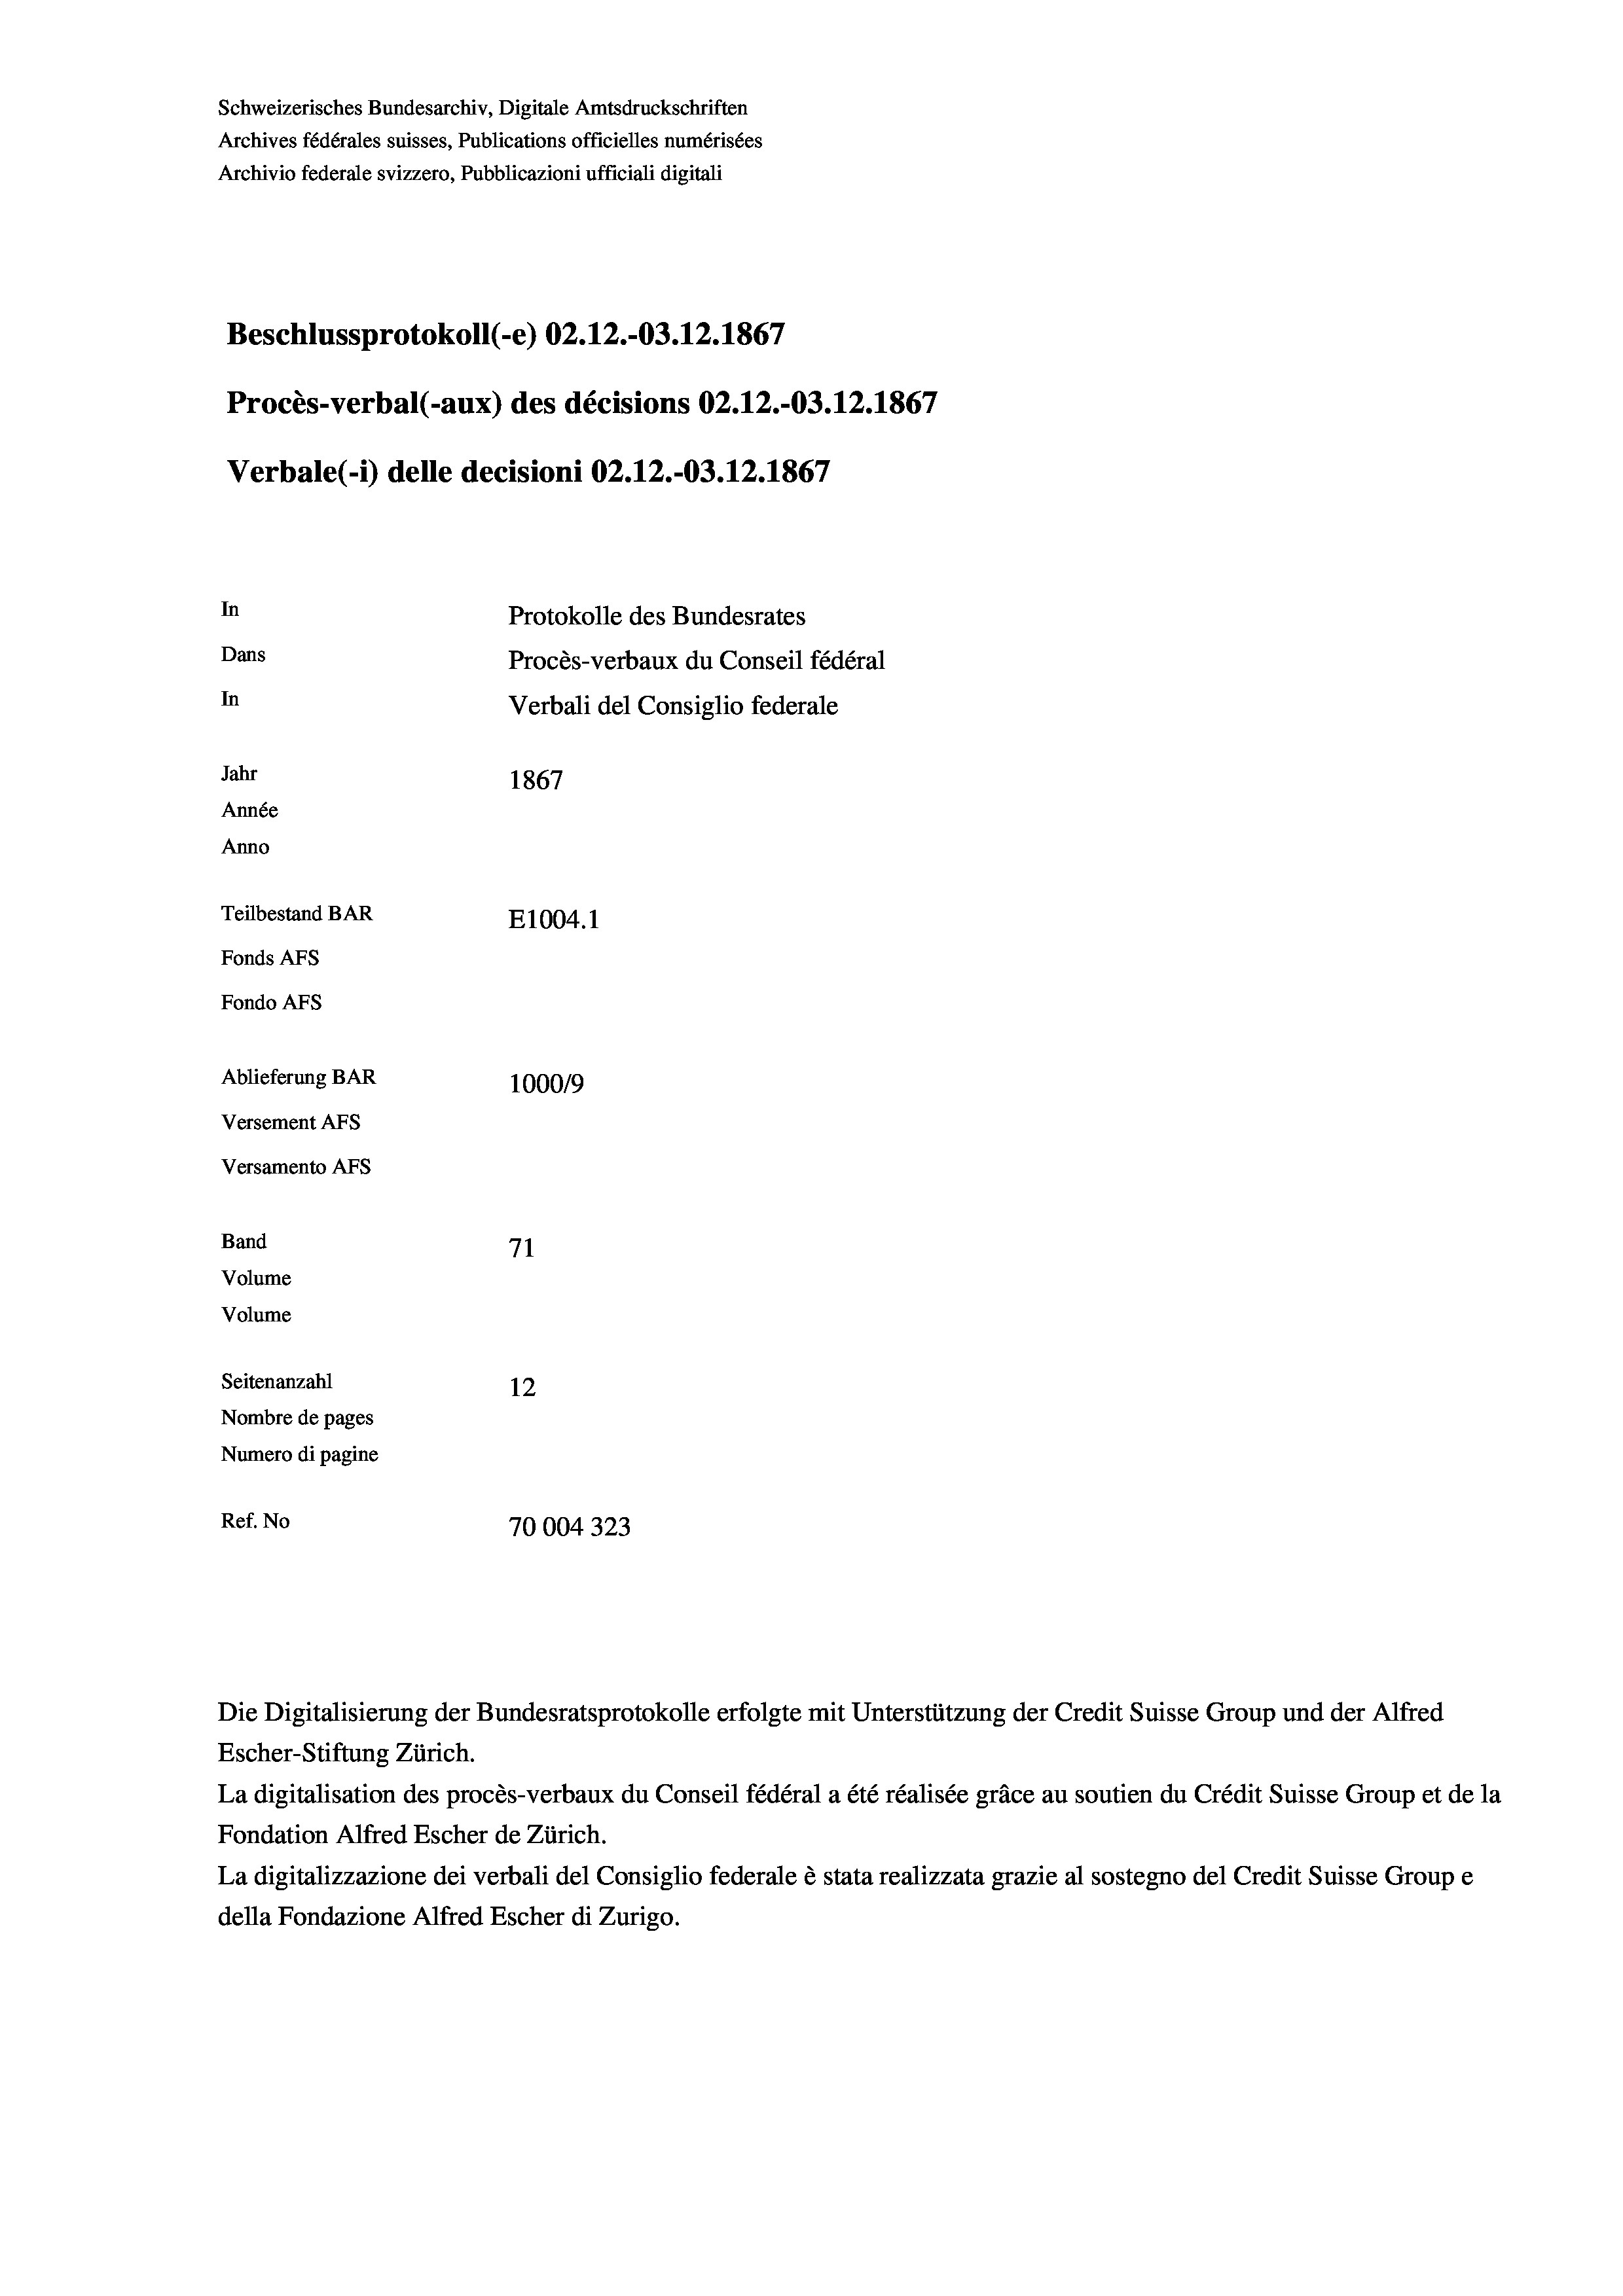
Schweizerisches Bundesarchiv, Digitale Amtsdruckschriften
Archives fédérales suisses, Publications officielles numérisées
Archivio federale svizzero, Pubblicazioni ufficiali digitali
Beschlussprotokoll (-e) 02.12.-03.12.1867
Procès-verbal (-aux) des décisions 02.12.-03.12.1867
Verbale (- 1) delle decisioni 02.12.-03.12.1867
In
Protokolle des Bundesrates
Dans
Procès-verbaux du Conseil fédéral
In
Verbali del Consiglio federale
Jahr
1867
Année
Anno
Teilbestand BAR
E1004.1
Fonds AFs
Fondo AFs

Ablieferung BAR
Versement AFs
Versamento AFs
Band
Volume
Volume
Seitenanzahl

71
12
Nombre de pages
Numero di pagine
Ref. No
70004323

100019

Escher-Stiftung Zürich.
La digitalisation des procès-verbaux du Conseil fédéral a été réalisée gräce au soutien du Crédit Suisse Group et de la
Fondation Alfred Escher de Zürich.
La digitalizzazione dei verbali del Consiglio federale è stata realizzata grazie al sostegno del Credit Suisse Groupe
della Fondazione Alfred Escher di Zurigo.

Die Digitalisierung der Bundesratsprotokolle erfolgte mit Unterstützung der Credit Suisse Group und der Alfred